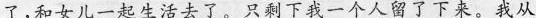
了,和女儿一起生活去了。只剩下我一个人留了下来。我从